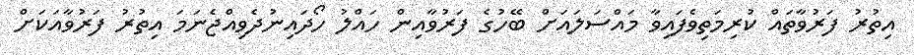
އިތުރު ފަރުވާތައް ކުރިމަތިވެފައިވާ މައްސަލައަށް ބޭހުގެ ފަރުވާއިން ހައްލު ހޯދައިނުދެވިއްޖެނަމަ އިތުރު ފަރުވާއަކަށް